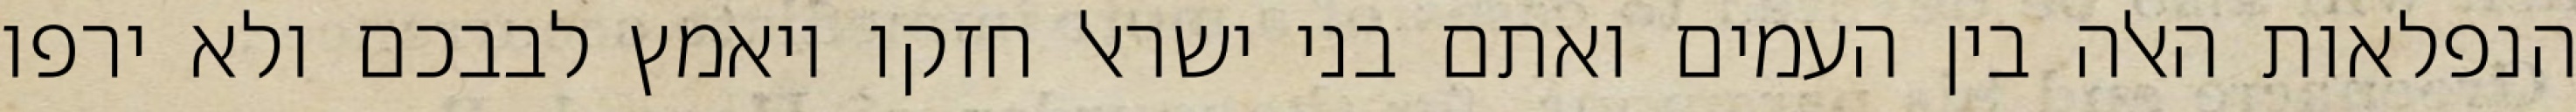
הנפלאות האלה בין העמים ואתם בני ישראל חזקו ויאמץ לבבכם ולא ירפו